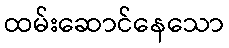
ထမ်းဆောင်နေသော